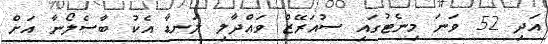
އަދި 52 ވަނަ މިނެޓުގައި ސުއަރޭޒް ވައްދާލި ލަނޑާ އެކު ބާސެލޯނާ އަށް